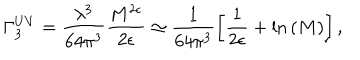
LaTeX: \Gamma _ { 3 } ^ { U V } = \frac { \lambda ^ { 3 } } { 6 4 \pi ^ { 3 } } \frac { M ^ { 2 \epsilon } } { 2 \epsilon } \simeq \frac { 1 } { 6 4 \pi ^ { 3 } } \left[ \frac { 1 } { 2 \epsilon } + \mathrm { l n } \left( M \right) \right] ,